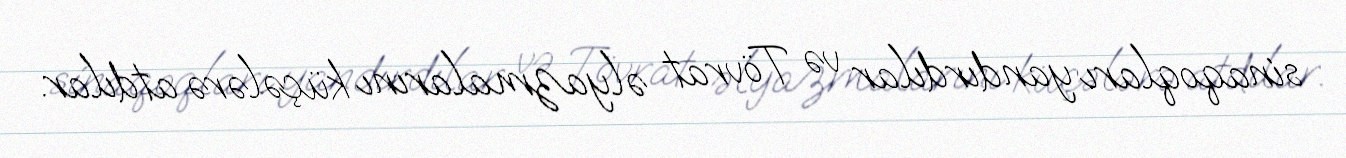
sinaqoqları yandırdılar və Tövrat əlyazmalarını küçələrə atdılar.